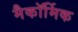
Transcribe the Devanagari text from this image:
मैकॉर्मिक